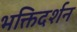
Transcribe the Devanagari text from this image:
भक्तिदर्शन